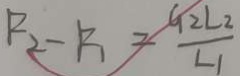
R _ { 2 } - R _ { 1 } = \frac { G _ { 2 } L _ { 2 } } { L _ { 1 } }